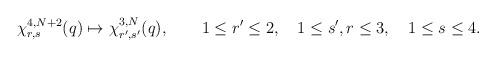
LaTeX: \begin{align*}\chi^{4,N+2}_{r,s}(q)\mapsto \chi^{3,N}_{r',s'}(q),\qquad 1\le r'\le 2,\quad 1\le s',r\le 3,\quad 1\le s\le 4.\end{align*}